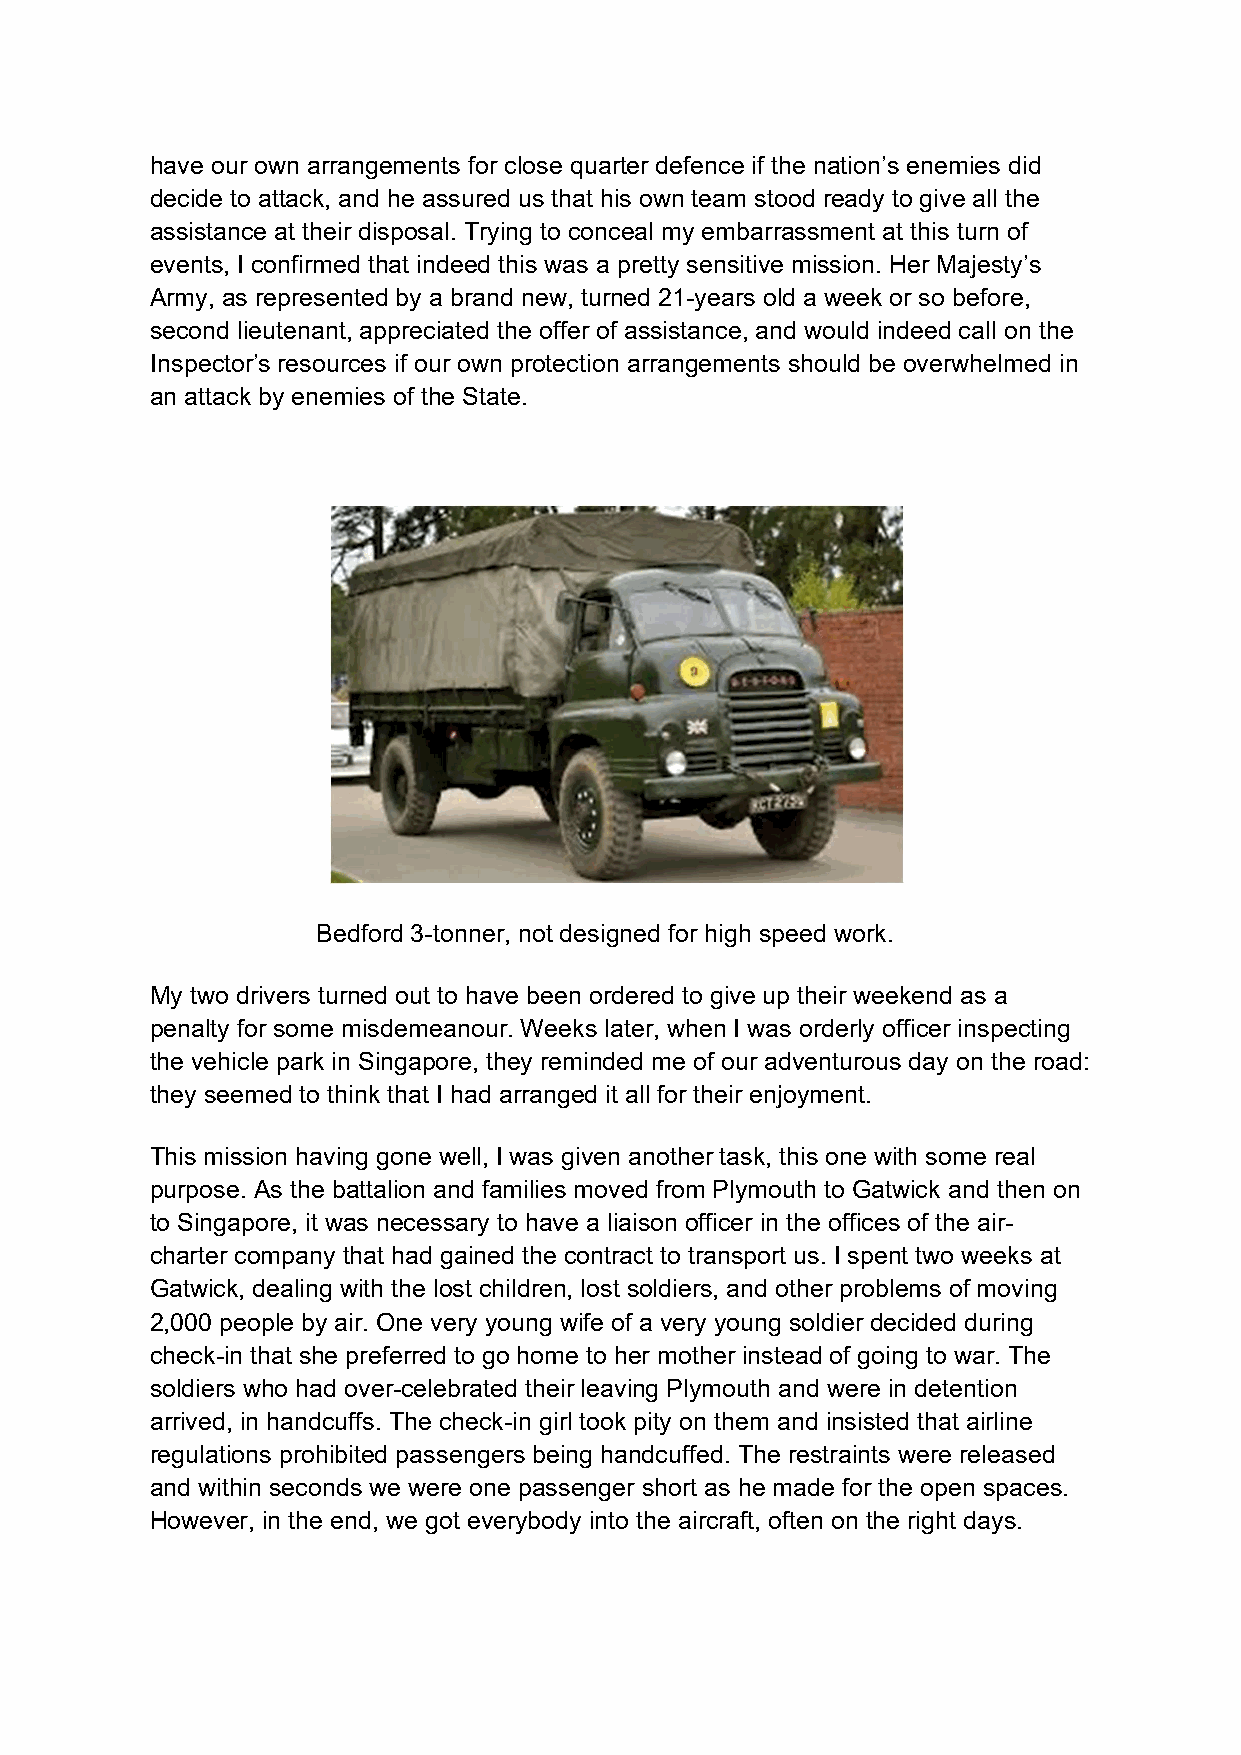
have our own arrangements for close quarter defence if the nation’s enemies did
 decide to attack, and he assured us that his own team stood ready to give all the
 assistance at their disposal. Trying to conceal my embarrassment at this turn of
 events, I confirmed that indeed this was a pretty sensitive mission. Her Majesty’s
 Army, as represented by a brand new, turned 21-years old a week or so before,
 second lieutenant, appreciated the offer of assistance, and would indeed call on the
 Inspector’s resources if our own protection arrangements should be overwhelmed in
 an attack by enemies of the State.
 Bedford 3-tonner, not designed for high speed work.
 My two drivers turned out to have been ordered to give up their weekend as a
 penalty for some misdemeanour. Weeks later, when I was orderly officer inspecting
 the vehicle park in Singapore, they reminded me of our adventurous day on the road:
 they seemed to think that I had arranged it all for their enjoyment.
 This mission having gone well, I was given another task, this one with some real
 purpose. As the battalion and families moved from Plymouth to Gatwick and then on
 to Singapore, it was necessary to have a liaison officer in the offices of the air-
 charter company that had gained the contract to transport us. I spent two weeks at
 Gatwick, dealing with the lost children, lost soldiers, and other problems of moving
 2,000 people by air. One very young wife of a very young soldier decided during
 check-in that she preferred to go home to her mother instead of going to war. The
 soldiers who had over-celebrated their leaving Plymouth and were in detention
 arrived, in handcuffs. The check-in girl took pity on them and insisted that airline
 regulations prohibited passengers being handcuffed. The restraints were released
 and within seconds we were one passenger short as he made for the open spaces.
 However, in the end, we got everybody into the aircraft, often on the right days.